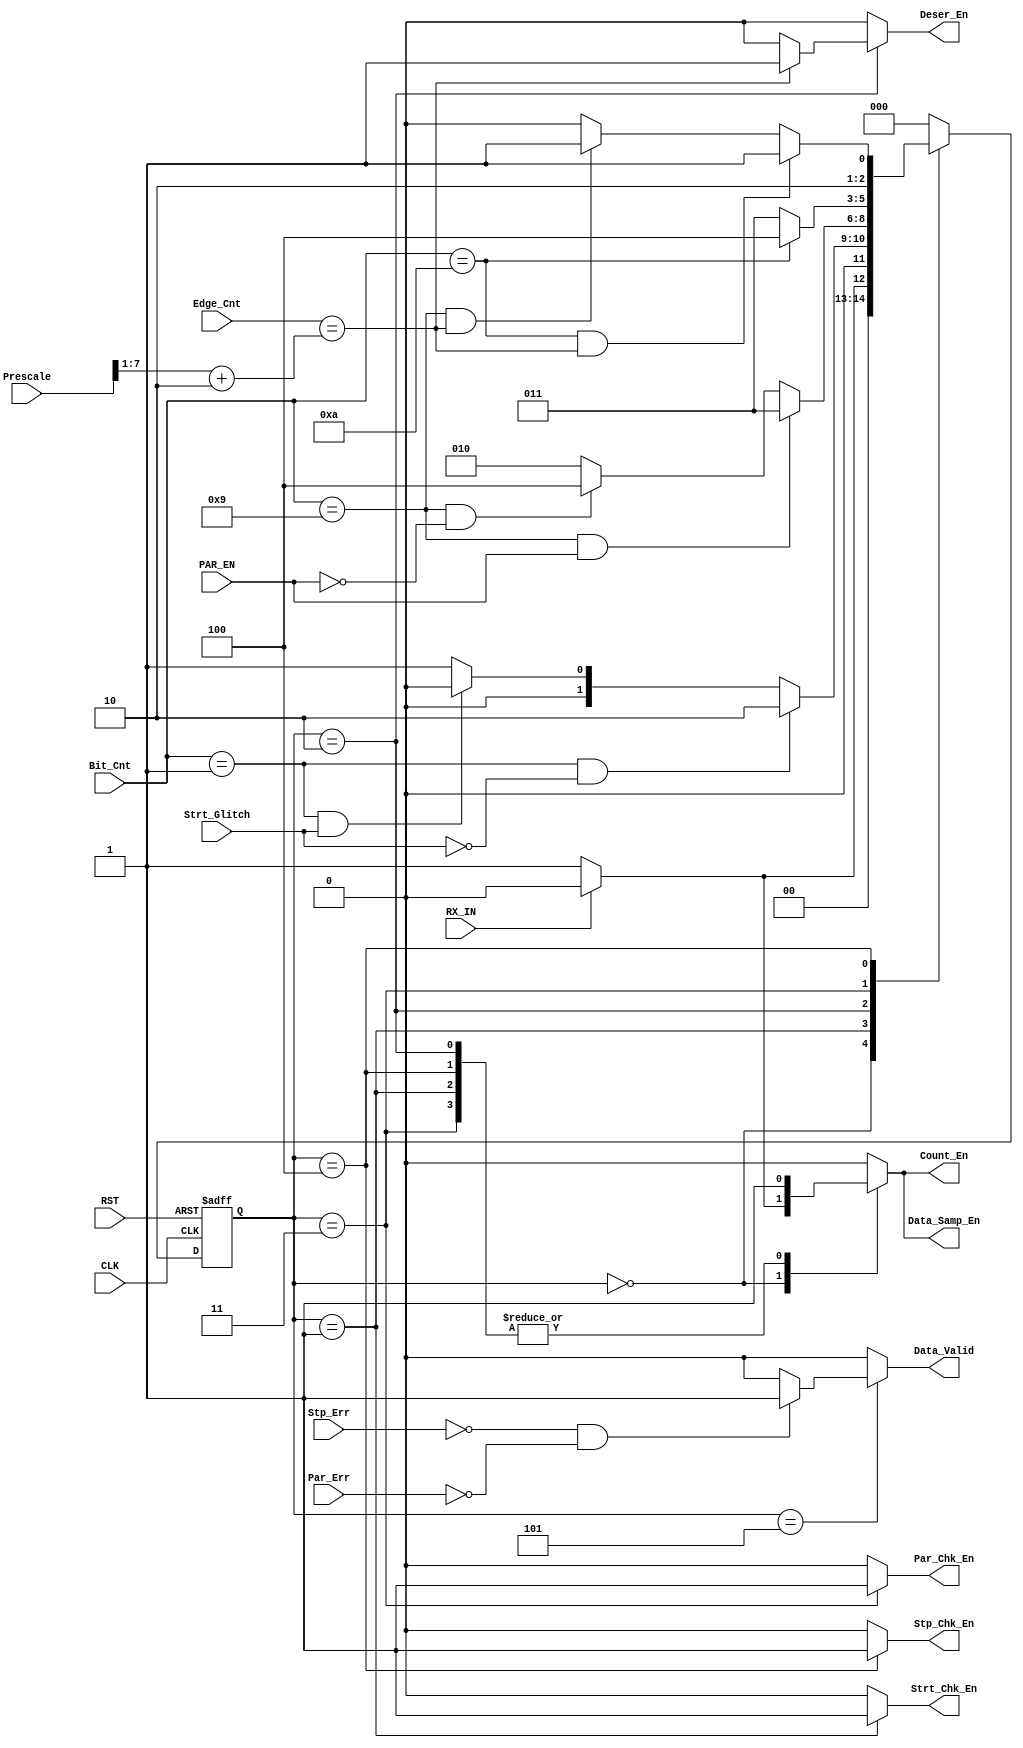
module UART_Rx_FSM (
    input       wire                     RX_IN,
    input       wire                     PAR_EN,
    input       wire        [7:0]        Prescale,
    input       wire        [7:0]        Edge_Cnt,
    input       wire        [3:0]        Bit_Cnt,
    input       wire                     Par_Err,
    input       wire                     Strt_Glitch,
    input       wire                     Stp_Err,
    input       wire                     CLK,  
    input       wire                     RST,
    output      reg                      Count_En,
    output      reg                      Data_Samp_En,
    output      reg                      Par_Chk_En,
    output      reg                      Strt_Chk_En,
    output      reg                      Stp_Chk_En,
    output      reg                      Deser_En,
    output      reg                      Data_Valid
);

reg     [2:0]       current_state, next_state;

localparam IDLE             =   3'b000,
           START            =   3'b001,
           RECEIVE_DATA     =   3'b010,
           PARITY           =   3'b011,
           STOP             =   3'b100,
           CHECK            =   3'b101;



always @ (posedge CLK or negedge RST)
    begin
        if (!RST)
            current_state <= IDLE;
        else
            current_state <= next_state; 
    end


always @ (*)
    begin
        case (current_state)
            IDLE :
                begin
                    if (!RX_IN)
                        next_state = START;
                    else
                        next_state = IDLE;
                end

            START :
                begin
                    if (Bit_Cnt == 1 && !Strt_Glitch)
                        next_state = RECEIVE_DATA;
                    else if (Bit_Cnt == 1 && Strt_Glitch)
                        next_state = IDLE;
                    else
                        next_state = START;
                end

            RECEIVE_DATA :
                begin
                    if (Bit_Cnt == 9 && PAR_EN)
                        next_state = PARITY;
                    else if (Bit_Cnt == 9 && !PAR_EN)
                        next_state = STOP;
                    else
                        next_state = RECEIVE_DATA;
                end
            
            PARITY :
                begin
                    if (Bit_Cnt == 10)
                        next_state = STOP;
                    else
                        next_state = PARITY;
                end

            STOP :
                begin
                    if (Bit_Cnt == 10 && Edge_Cnt == ((Prescale >> 1) + 2))
                        next_state = CHECK;
                    else if (Bit_Cnt == 9 && Edge_Cnt == ((Prescale >> 1) + 2))
                        next_state = CHECK;
                    else
                        next_state = STOP;
                end

            CHECK : next_state = IDLE;

	    default : next_state = IDLE;
                
        endcase
    end



always @ (*)
    begin
        case (current_state)
            IDLE :
                begin
                    if (!RX_IN)
                        begin
                            Count_En = 1'b1;
                            Data_Samp_En = 1'b1;
                            
                            Strt_Chk_En = 1'b0;
                            Par_Chk_En = 1'b0;
                            Stp_Chk_En = 1'b0;
                            Deser_En = 1'b0;
                            Data_Valid = 1'b0;
                        end
                    else
                        begin
                            Count_En = 1'b0;
                            Data_Samp_En = 1'b0;

                            Strt_Chk_En = 1'b0;
                            Par_Chk_En = 1'b0;
                            Stp_Chk_En = 1'b0;
                            Deser_En = 1'b0;
                            Data_Valid = 1'b0;
                        end
                end

            START :
                begin
                    Count_En = 1'b1;
                    Data_Samp_En = 1'b1;
                    Strt_Chk_En = 1'b1;

                    Par_Chk_En = 1'b0;
                    Stp_Chk_En = 1'b0;
                    Deser_En = 1'b0;
                    Data_Valid = 1'b0;
                end

            RECEIVE_DATA :
                begin
                    Count_En = 1'b1;
                    Data_Samp_En = 1'b1;

                    if (Edge_Cnt == ((Prescale >> 1) + 2))
                        Deser_En = 1'b1;
                    else
                        Deser_En = 1'b0;
                    
                    Strt_Chk_En = 1'b0;
                    Par_Chk_En = 1'b0;
                    Stp_Chk_En = 1'b0;                       
                    Data_Valid = 1'b0;
                end
            
            PARITY :
                begin
                    Count_En = 1'b1;
                    Data_Samp_En = 1'b1;
                    Par_Chk_En = 1'b1;

                    Strt_Chk_En = 1'b0;
                    Stp_Chk_En = 1'b0; 
                    Deser_En = 1'b0;                      
                    Data_Valid = 1'b0;
                end

            STOP :
                begin
                    Count_En = 1'b1;
                    Data_Samp_En = 1'b1;
                    Stp_Chk_En = 1'b1;
                                            
                    Strt_Chk_En = 1'b0;
                    Par_Chk_En = 1'b0;
                    Deser_En = 1'b0;                      
                    Data_Valid = 1'b0;
                end

            CHECK : 
                begin
                    Count_En = 1'b0;
                    Data_Samp_En = 1'b0;
                    Stp_Chk_En = 1'b0;               
                    Strt_Chk_En = 1'b0;
                    Par_Chk_En = 1'b0;
                    Deser_En = 1'b0; 

                    if (!Stp_Err && !Par_Err)
                        Data_Valid = 1'b1;
                    else
                        Data_Valid = 1'b0;
                end

	    default : 
		begin
		    Count_En = 1'b0;
                    Data_Samp_En = 1'b0;
                    Strt_Chk_En = 1'b0;
                    Par_Chk_En = 1'b0;
                    Stp_Chk_En = 1'b0;
                    Deser_En = 1'b0;
                    Data_Valid = 1'b0;
		end
                
        endcase
    end


endmodule